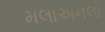
મલાઅનલો